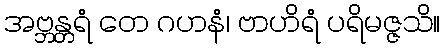
အဗ္ဘန္တရံ တေ ဂဟနံ၊ ဗာဟိရံ ပရိမဇ္ဇသိ။